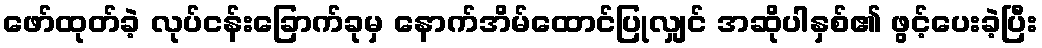
ဖော်ထုတ်ခဲ့ လုပ်ငန်းခြောက်ခုမှ နောက်အိမ်ထောင်ပြုလျှင် အဆိုပါနှစ်၏ ဖွင့်ပေးခဲ့ပြီး